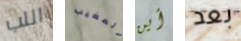
اللب المغيب أين بعد